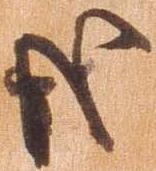
哉